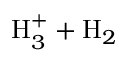
\mathrm { H } _ { 3 } ^ { + } + \mathrm { H } _ { 2 }